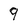
Character: 9